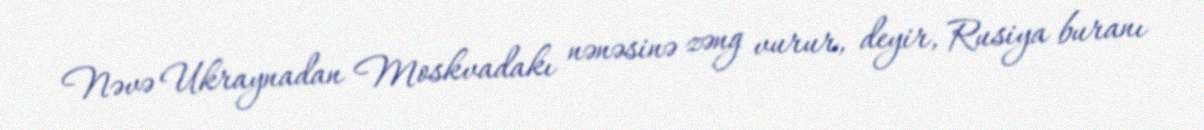
Nəvə Ukraynadan Moskvadakı nənəsinə zəng vurur, deyir, Rusiya buranı